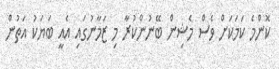
ކޮންމެ ކަމަކަށް ވެސް މެޝިން ބޭނުންކުރާ މި ޒަމާނުގައި އެއީ ބަޔަކު އަތުން